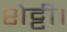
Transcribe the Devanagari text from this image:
शेट्टी।